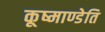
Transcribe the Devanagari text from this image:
कूष्माण्डेति